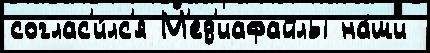
соглас'и́лс'я М'ед'иафайлы на́ши